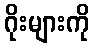
ဂိုးများကို